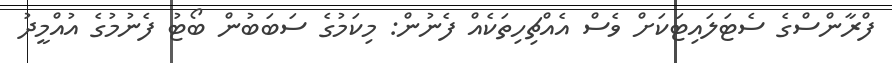
ފްރާންސްގެ ސެޓަލައިޓަކަށް ވެސް އެއްޗިހިތަކެއް ފެނުން: މިކަމުގެ ސަބަބުން ބޯޓު ފެނުމުގެ އުއްމީދު